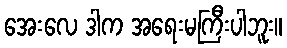
အေးလေ ဒါက အရေးမကြီးပါဘူး။